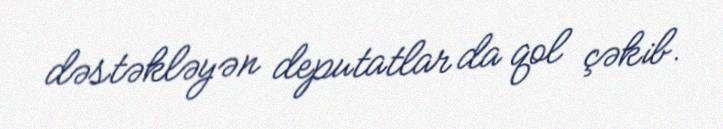
dəstəkləyən deputatlar da qol çəkib.